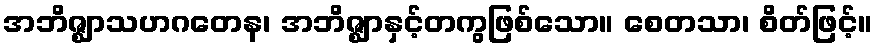
အဘိဇ္ဈာသဟဂတေန၊ အဘိဇ္ဈာနှင့်တကွဖြစ်သော။ စေတသာ၊ စိတ်ဖြင့်။